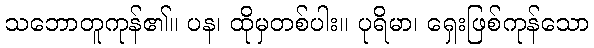
သဘောတူကုန်၏။ ပန၊ ထိုမှတစ်ပါး။ ပုရိမာ၊ ရှေးဖြစ်ကုန်သော